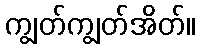
ကျွတ်ကျွတ်အိတ်။